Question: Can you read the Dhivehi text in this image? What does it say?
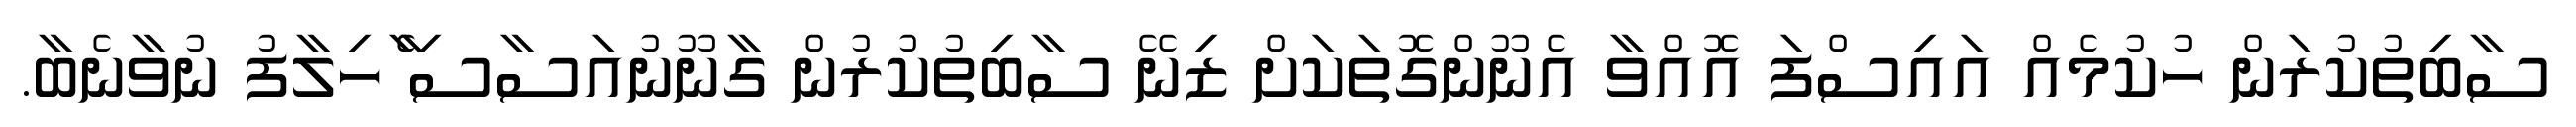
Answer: ސާބިތުކުރަން ހުކުމެއް އައިސްފަ އޮއްވާ އެނޫންގޮތަކަށް ޒިނޭ ސާބިތުކުރުން ގާނޫނުއަސާސި ެާހިލާފު ނުވާނެބާ.